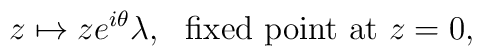
z\mapsto ze^{i\theta}\lambda, \,\, \mbox{ fixed point at } z=0,